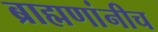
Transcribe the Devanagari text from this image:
ब्राह्मणांनीच